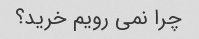
چرا نمی رویم خرید؟